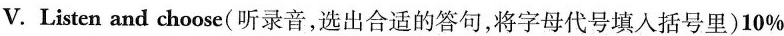
V.Listen and choose(听录音,选出合适的答句,将字母代号填人括号里)10%